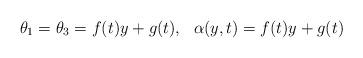
LaTeX: \begin{align*}\theta_{1}=\theta_{3}=f(t)y+g(t),\ \ \alpha(y,t)=f(t)y+g(t) \end{align*}